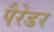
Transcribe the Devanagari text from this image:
पैरेडर